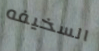
السخيفه